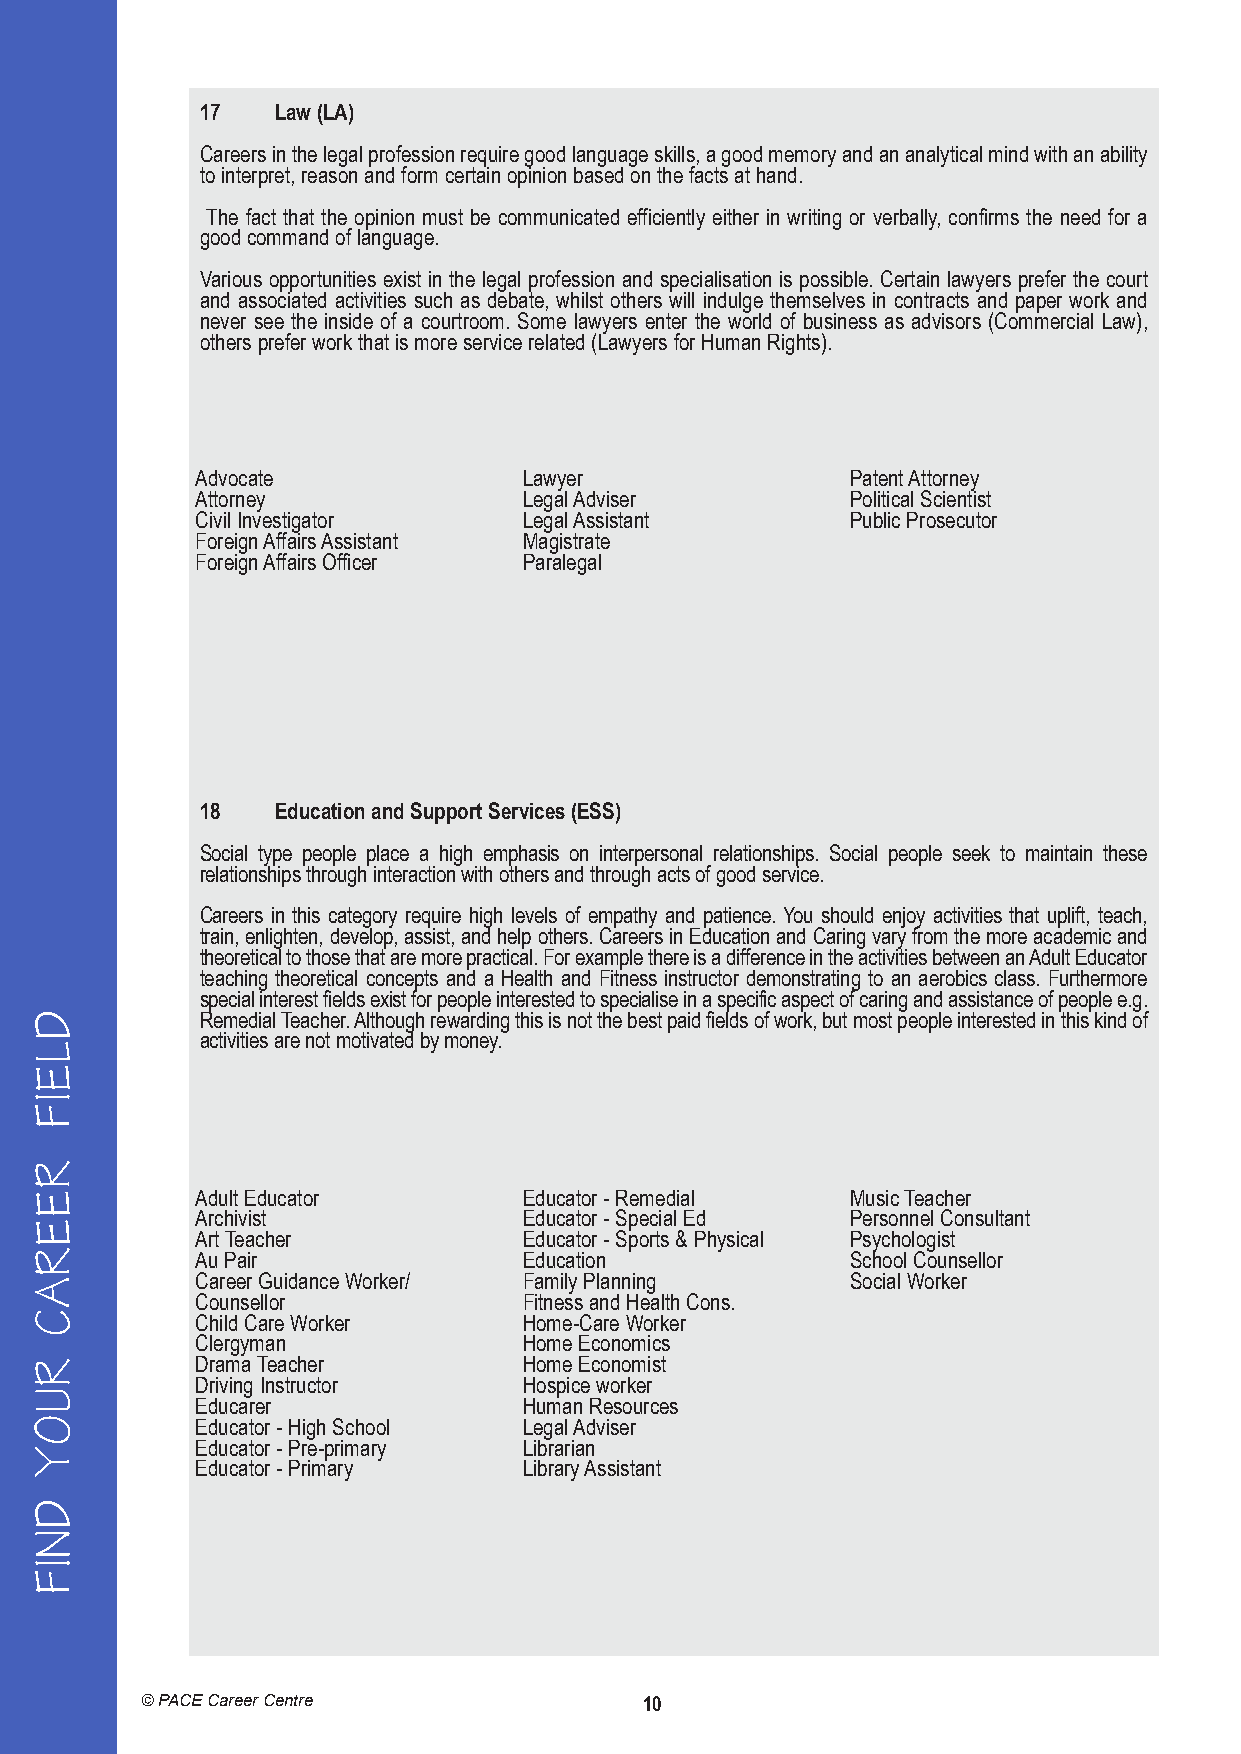
17   Law (LA)
 Careers in the legal profession require good language skills, a good memory and an analytical mind with an ability
 to interpret, reason and form certain opinion based on the facts at hand.
 The fact that the opinion must be communicated efficiently either in writing or verbally, confirms the need for a
 good command of language.
 Various opportunities exist in the legal profession and specialisation is possible. Certain lawyers prefer the court
 and associated activities such as debate, whilst others will indulge themselves in contracts and paper work and
 never see the inside of a courtroom. Some lawyers enter the world of business as advisors (Commercial Law),
 others prefer work that is more service related (Lawyers for Human Rights).
 Advocate              Lawyer               Patent Attorney
 Attorney              Legal Adviser        Political Scientist
 Civil Investigator    Legal Assistant      Public Prosecutor
 Foreign Affairs Assistant Magistrate
 Foreign Affairs Officer Paralegal
 18   Education and Support Services (ESS)
 Social type people place a high emphasis on interpersonal relationships. Social people seek to maintain these
 relationships through interaction with others and through acts of good service.
 Careers in this category require high levels of empathy and patience. You should enjoy activities that uplift, teach,
 train, enlighten, develop, assist, and help others. Careers in Education and Caring vary from the more academic and
 theoretical to those that are more practical. For example there is a difference in the activities between an Adult Educator
 teaching theoretical concepts and a Health and Fitness instructor demonstrating to an aerobics class. Furthermore
 special interest fields exist for people interested to specialise in a specific aspect of caring and assistance of people e.g.
 Remedial Teacher. Although rewarding this is not the best paid fields of work, but most people interested in this kind of
 activities are not motivated by money.
 Adult Educator        Educator - Remedial  Music Teacher
 Archivist             Educator - Special Ed Personnel Consultant
 Art Teacher           Educator - Sports & Physical Psychologist
 Au Pair               Education            School Counsellor
 Career Guidance Worker/ Family Planning    Social Worker
 Counsellor            Fitness and Health Cons.
 Child Care Worker     Home-Care Worker
 Clergyman             Home Economics
 Drama Teacher         Home Economist
 Driving Instructor    Hospice worker
 Educarer              Human Resources
 Educator - High School Legal Adviser
 Educator - Pre-primary Librarian
 Educator - Primary    Library Assistant
 © PACE Career Centre              10
 DLEIF
 REERAC
 RUOY
 DNIF